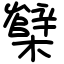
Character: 櫱